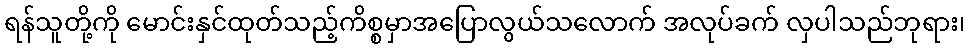
ရန်သူတို့ကို မောင်းနှင်ထုတ်သည့်ကိစ္စမှာအပြောလွယ်သလောက် အလုပ်ခက် လှပါသည်ဘုရား၊